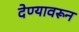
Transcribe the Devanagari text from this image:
देण्यावरून